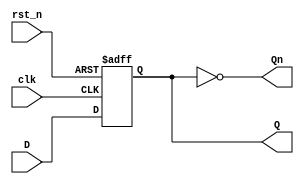
`timescale  1ns / 1ps

module reg_sync #(
    parameter WIDTH = 1,
    parameter RST_VALUE = 0
) (
    input clk,
    input rst_n,

    input [WIDTH-1:0] D,
    output reg [WIDTH-1:0] Q=0,
    output [WIDTH-1:0] Qn
);

    always @(posedge clk or negedge rst_n) begin
        if (!rst_n) begin
            Q <= {WIDTH{RST_VALUE}};
        end else begin
            Q <= D;
        end
    end
    
    assign Qn = ~Q;
    
endmodule